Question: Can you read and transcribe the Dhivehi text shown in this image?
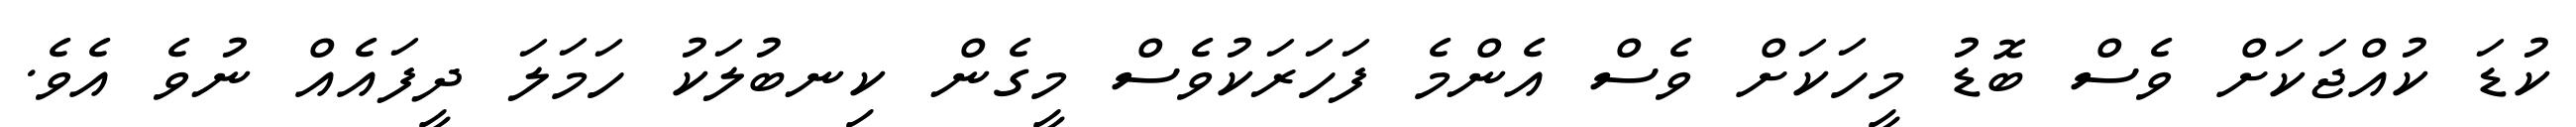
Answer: ކުޑަ ކުއްޖަކަށް ވެސް ބޮޑު މީހަކަށް ވެސް އެންމެ ފަހަރަކުވެސް މީގެން ކިނބުލަކު ހަމަލަ ދީފައެއް ނުވެ އެވެ.